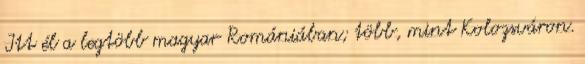
Itt él a legtöbb magyar Romániában; több, mint Kolozsváron.